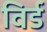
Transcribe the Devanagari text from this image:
विर्ड